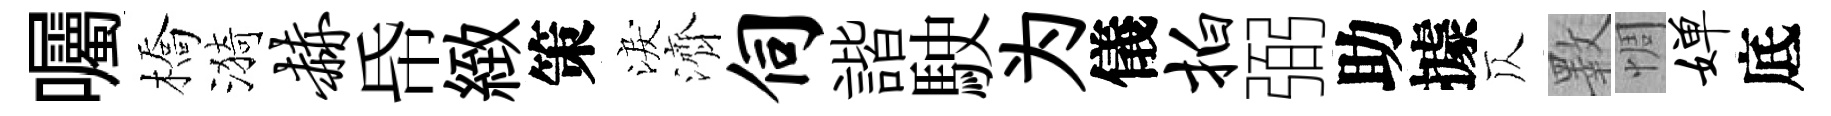
囑橋漪赫帋緻策淚濟伺諧駛为儀拍弼助據仄斁惆婵底